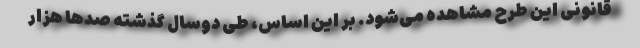
قانونی این طرح مشاهده می‌شود. بر این اساس، طی دوسال گذشته صدها هزار